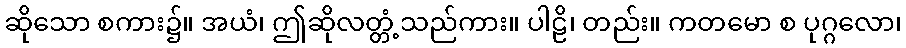
ဆိုသော စကား၌။ အယံ၊ ဤဆိုလတ္တံ့သည်ကား။ ပါဠိ၊ တည်း။ ကတမော စ ပုဂ္ဂလော၊